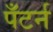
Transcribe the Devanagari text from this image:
पँटर्न